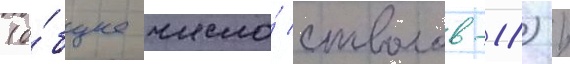
(о́бщее число́ стволов-18) /